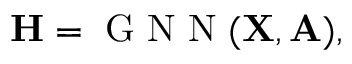
\small \mathbf { H } = \mathrm { ~ G ~ N ~ N ~ } ( \mathbf { X } , \mathbf { A } ) ,